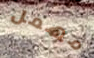
مهمل